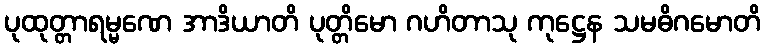
ပုထုတ္တာရမ္မဏေ အာဒိယာတိ ပုတ္တိမော ဂဟိတာသု ကုဋ္ဌေန သမဓိဂမောတိ